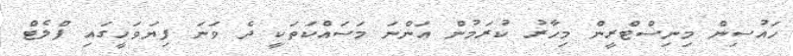
ހައުސިން މިނިސްޓްރީން މިހާރު ކުރަމުން އަންނަ މަސައްކަތަކީ ދެ ވަނަ ފިޔަވަހީގައި ފްލެޓް